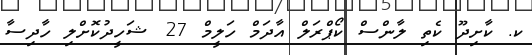
ކ. ކާށިދޫ ކެތި ލާންސް ކޯޕްރަލް އާދަމް ހަލީމް 27 ޝަހީދުކޮށްލި ހާދިސާ